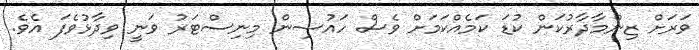
ވަރަށް ޒިންމާދާރުކަން ކުޑަ ކަމެއްކަމަށް ވެސް ހައުސިން މިނިސްޓަރު ވަނީ ވިދާޅުވެފަ އެވެ.